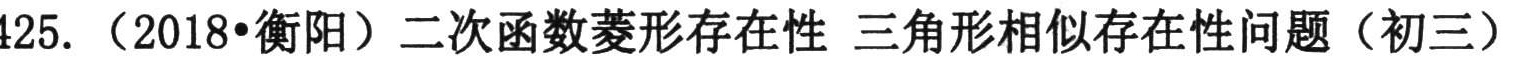
425.（2018•衡阳）二次函数菱形存在性 三角形相似存在性问题（初三）